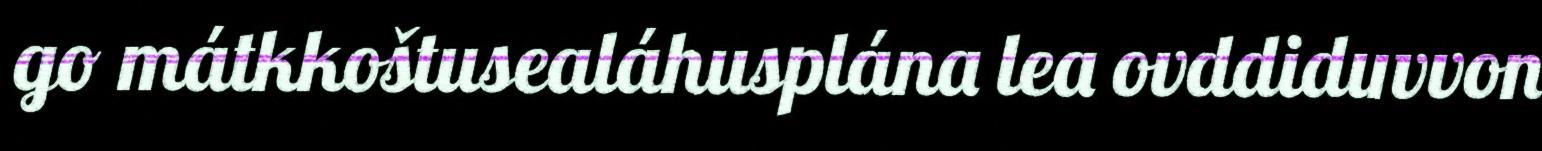
go mátkkoštusealáhusplána lea ovddiduvvon